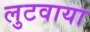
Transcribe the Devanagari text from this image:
लुटवाया